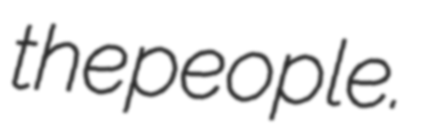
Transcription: the people.